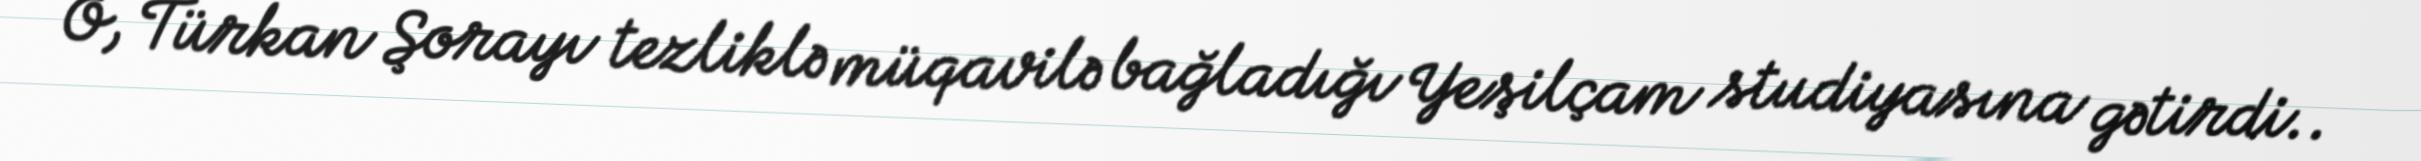
O, Türkan Şorayı tezliklə müqavilə bağladığı Yeşilçam studiyasına gətirdi..